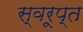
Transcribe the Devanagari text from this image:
स्वरूप्त